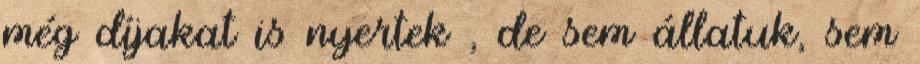
még díjakat is nyertek , de sem állatuk, sem